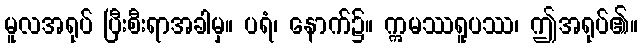
မူလအရုပ် ပြီးစီးရာအခါမှ။ ပရံ၊ နောက်၌။ ဣမဿရူပဿ၊ ဤအရုပ်၏။